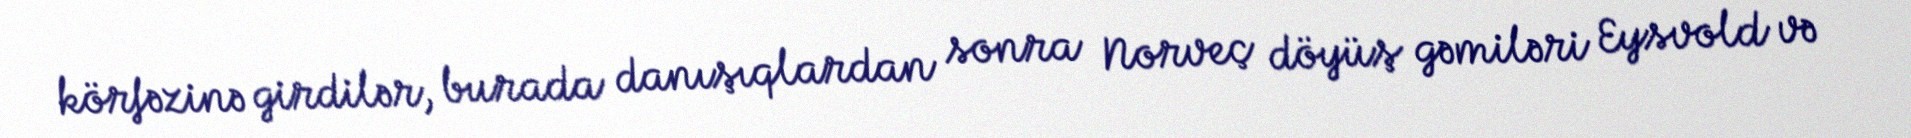
körfəzinə girdilər, burada danışıqlardan sonra Norveç döyüş gəmiləri Eysvold və